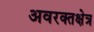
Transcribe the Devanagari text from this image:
अवरक्तक्षेत्र